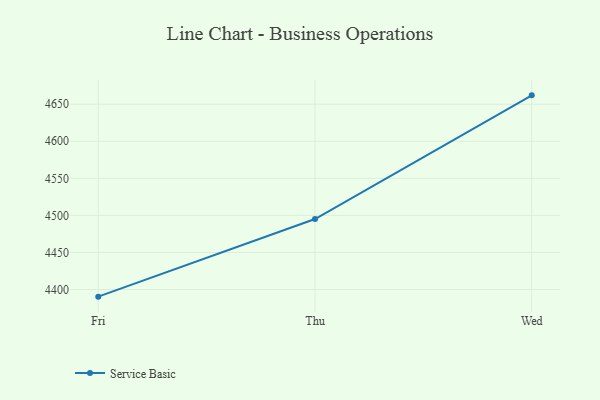
{"axis": {"x": "Day", "y": "Energy Usage (MWh)"}, "legend": ["Service Basic"], "data": [{"x": "Fri", "y": 4390.3, "type": "Service Basic"}, {"x": "Thu", "y": 4495.1, "type": "Service Basic"}, {"x": "Wed", "y": 4662.0, "type": "Service Basic"}]}